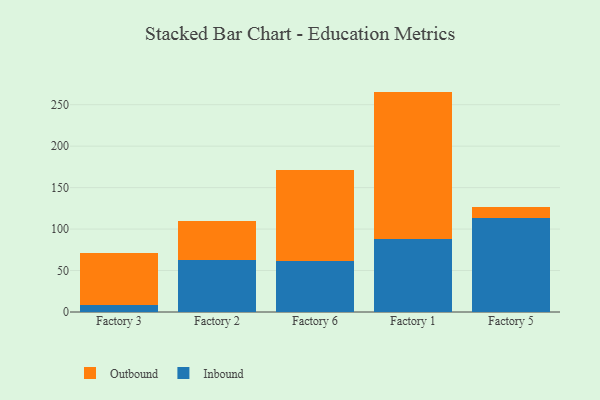
{"axis": {"x": "Factory", "y": "Production Output"}, "legend": ["Inbound", "Outbound"], "data": [{"x": "Factory 3", "y": 8.3, "type": "Inbound"}, {"x": "Factory 3", "y": 62.9, "type": "Outbound"}, {"x": "Factory 2", "y": 62.8, "type": "Inbound"}, {"x": "Factory 2", "y": 47.1, "type": "Outbound"}, {"x": "Factory 6", "y": 61.6, "type": "Inbound"}, {"x": "Factory 6", "y": 110.0, "type": "Outbound"}, {"x": "Factory 1", "y": 88.3, "type": "Inbound"}, {"x": "Factory 1", "y": 177.5, "type": "Outbound"}, {"x": "Factory 5", "y": 113.1, "type": "Inbound"}, {"x": "Factory 5", "y": 13.5, "type": "Outbound"}]}